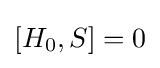
[H_{0},S]=0